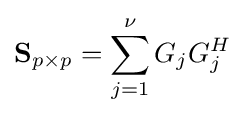
\mathbf {S} _{p\times p}=\sum _{j=1}^{\nu }G_{j}G_{j}^{H}